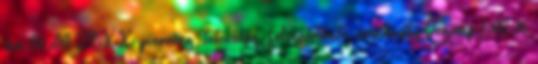
éve 06:00 TXXX piercing, tetoválás, felcsatolható, uralkodás Tegnap 1:00:16